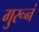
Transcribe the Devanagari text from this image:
गुरूनं